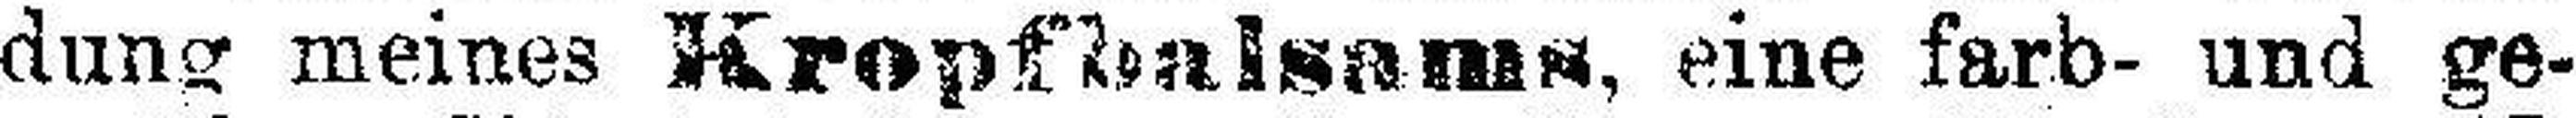
dung meines Kropfbalsams, eine farb- und ge¬